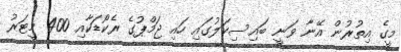
މީގެ އިތުރުން އޭނާ ވަނީ ބައިސިކަލުގައި ހައި ޖަމްޕުގެ ރެކޯޑަކާއި 400 މީޓަރު